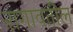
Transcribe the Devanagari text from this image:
रागावतील